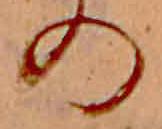
の